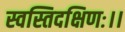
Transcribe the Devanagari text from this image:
स्वस्तिदक्षिणः।।